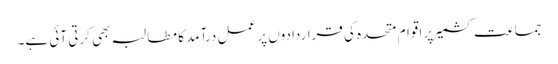
جماعت کشمیر پر اقوامِ متحدہ کی قراردادوں پر عمل درآمد کا مطالبہ بھی کرتی آئی ہے۔